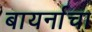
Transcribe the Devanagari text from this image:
बायर्नाचा